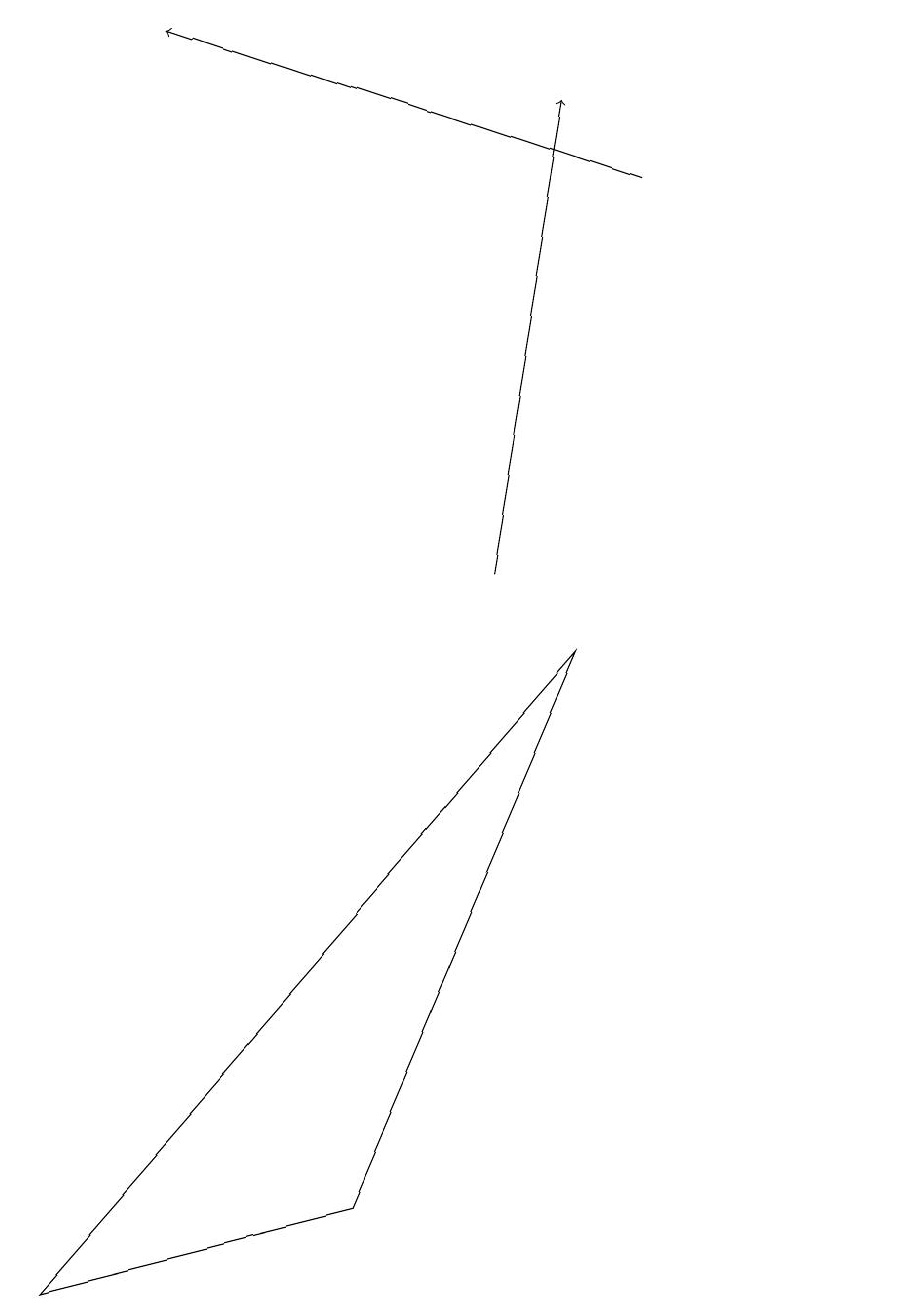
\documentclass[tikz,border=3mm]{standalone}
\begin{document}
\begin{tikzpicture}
\draw[->] (6,10) -- (7,16);
\draw[->] (8,15) -- (2,17);
\draw (11,10) circle (0);
\draw (0,1) -- (7,9) -- (4,2) -- cycle;
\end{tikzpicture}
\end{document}